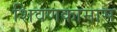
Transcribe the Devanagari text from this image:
शिवणकामास